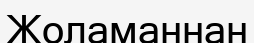
Жоламаннан